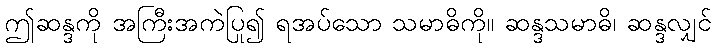
ဤဆန္ဒကို အကြီးအကဲပြု၍ ရအပ်သော သမာဓိကို။ ဆန္ဒသမာဓိ၊ ဆန္ဒလျှင်